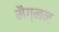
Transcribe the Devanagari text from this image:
मैग्नन